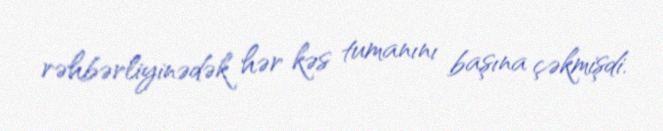
rəhbərliyinədək hər kəs tumanını başına çəkmişdi.